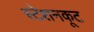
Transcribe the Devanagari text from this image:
स्टेशनकूट